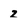
Character: z